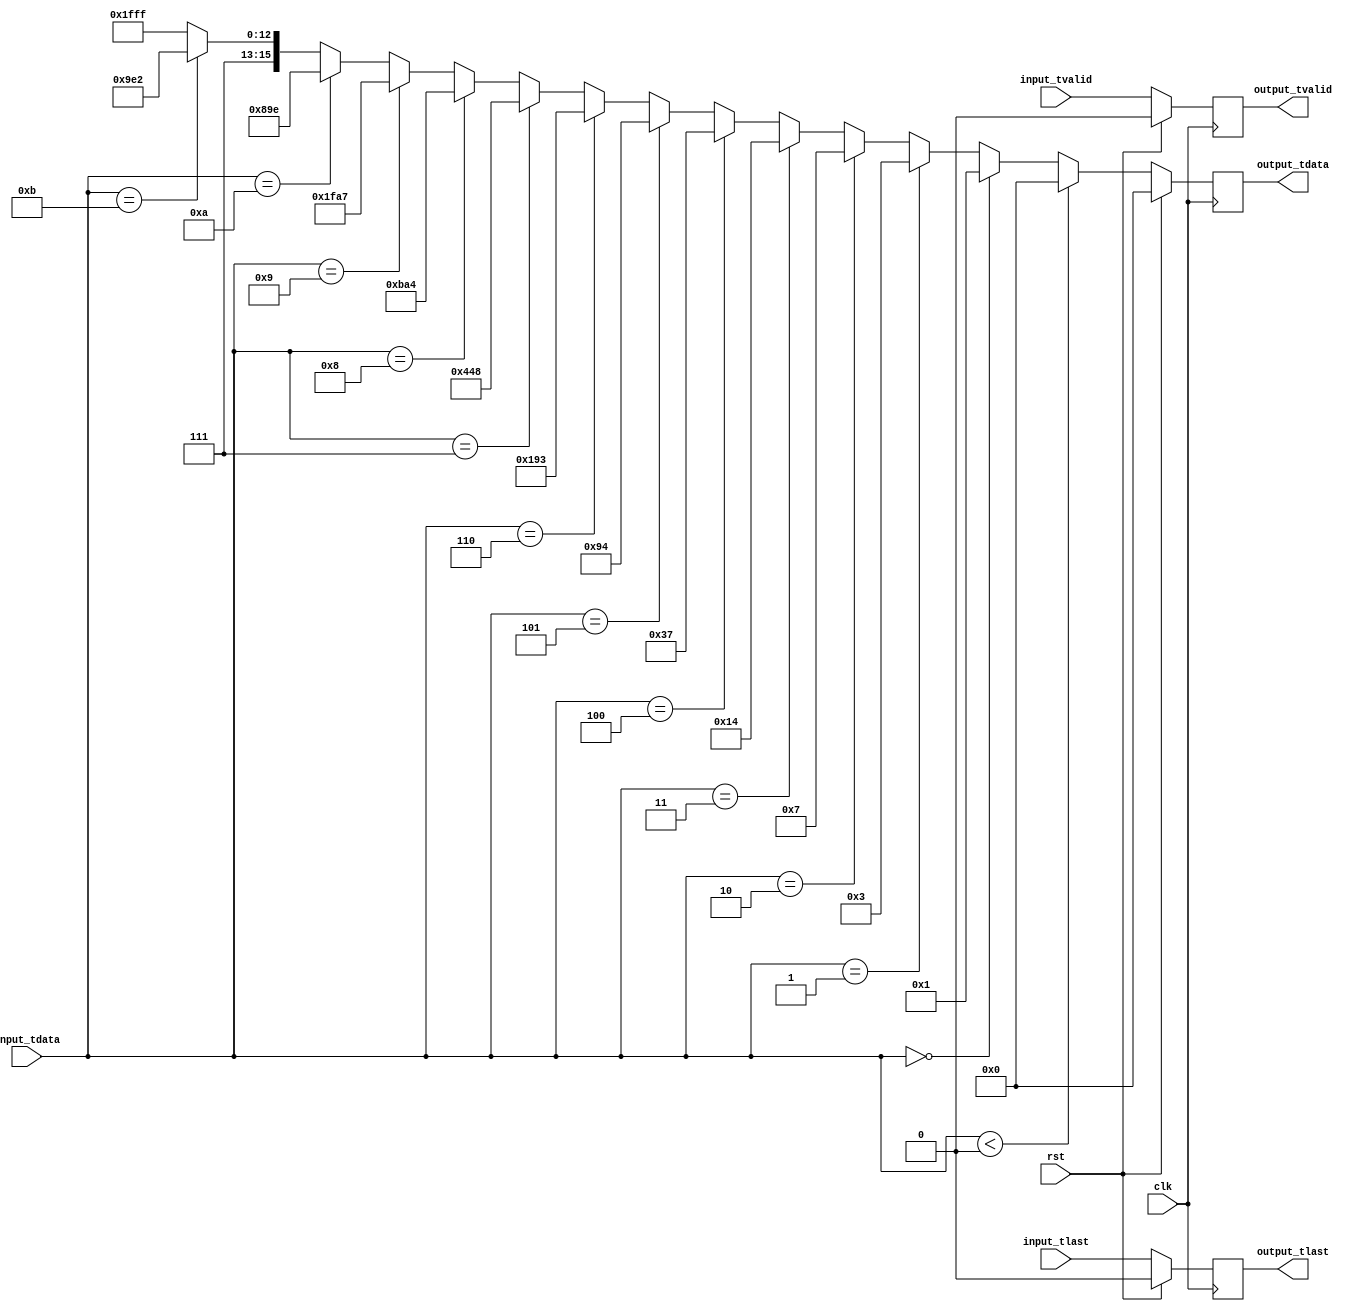
// This program was cloned from: https://github.com/hipersys-team/lightning
// License: MIT License

// Language: Verilog 2001

`resetall
`timescale 1ns / 1ps
`default_nettype none


module exp # (
    parameter DATA_WIDTH = 16,
    parameter MEM_LEN = 12
)(
    input wire clk,
    input wire rst,

    input wire [DATA_WIDTH-1:0] input_tdata,
    input wire input_tvalid,
    // output wire input_tready,
    input wire input_tlast,

    output reg [DATA_WIDTH-1:0] output_tdata,
    output reg output_tvalid,
    // input wire output_tready,
    output reg output_tlast
);

    // exp for inputs between 0 and 11
    // overflows for inputs greater than 11
    wire [DATA_WIDTH-1:0] exp_value =
			  ($signed(input_tdata) < $signed(16'd0)) ? 16'd0
			  : (input_tdata == 16'd0) ? 16'd1
			  : (input_tdata == 16'd1) ? 16'd3
			  : (input_tdata == 16'd2) ? 16'd7
			  : (input_tdata == 16'd3) ? 16'd20
			  : (input_tdata == 16'd4) ? 16'd55
			  : (input_tdata == 16'd5) ? 16'd148
			  : (input_tdata == 16'd6) ? 16'd403
			  : (input_tdata == 16'd7) ? 16'd1096
			  : (input_tdata == 16'd8) ? 16'd2980
			  : (input_tdata == 16'd9) ? 16'd8103
			  : (input_tdata == 16'd10) ? 16'd2206
			  : (input_tdata == 16'd11) ? 16'd59874
			  : 16'hffff;

    always @ (posedge clk) begin
        output_tdata <= (rst) ? 'b0 : exp_value;
        output_tvalid <= (rst) ? 'b0 : input_tvalid;
        output_tlast <= (rst) ? 1'b0 : input_tlast;
        // if (input_tvalid) begin
        //     $display("exp input %d -> %d", $signed(input_tdata), exp_value);
        // end
    end

endmodule

`resetall